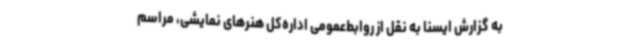
به گزارش ایسنا به نقل از روابط‌عمومی اداره‌کل هنرهای نمایشی، مراسم